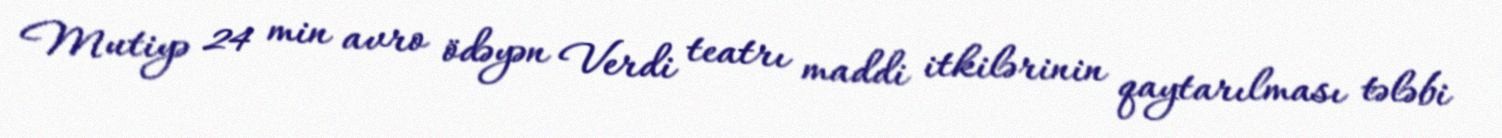
Mutiyə 24 min avro ödəyən Verdi teatrı maddi itkilərinin qaytarılması tələbi